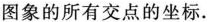
图象的所有交点的坐标.